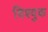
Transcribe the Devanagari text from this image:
विश्वुक